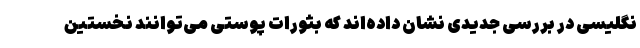
نگلیسی در بررسی جدیدی نشان داده‌اند که بثورات پوستی می‌توانند نخستین